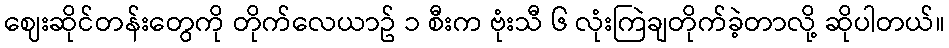
ဈေးဆိုင်တန်းတွေကို တိုက်လေယာဥ် ၁ စီးက ဗုံးသီ ၆ လုံးကြဲချတိုက်ခဲ့တာလို့ ဆိုပါတယ်။